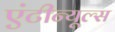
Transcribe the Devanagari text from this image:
एंटीन्यूल्स